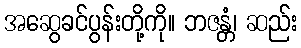
အဆွေခင်ပွန်းတို့ကို။ ဘဇန္တံ၊ ဆည်း